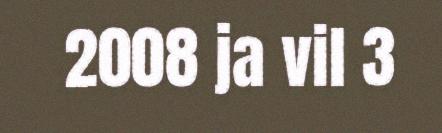
2008 ja vil 3